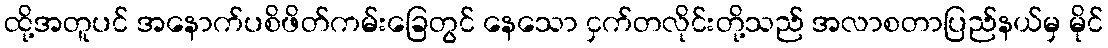
ထို့အတူပင် အနောက်ပစိဖိတ်ကမ်းခြေတွင် နေသော ငှက်တလိုင်းတို့သည် အလာစတာပြည်နယ်မှ မိုင်